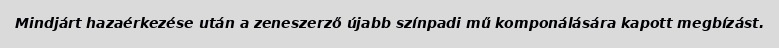
Mindjárt hazaérkezése után a zeneszerző újabb színpadi mű komponálására kapott megbízást.